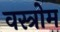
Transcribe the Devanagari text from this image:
वस्त्रोम